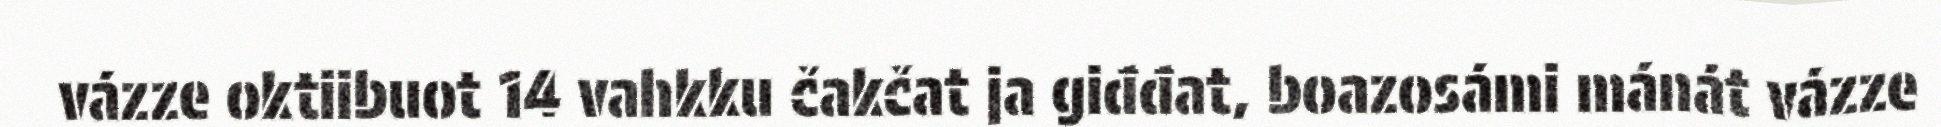
vázze oktiibuot 14 vahkku čakčat ja giđđat, boazosámi mánát vázze